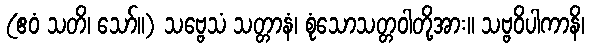
(ဧဝံ သတိ၊ သော်။) သဗ္ဗေသံ သတ္တာနံ၊ စုံသောသတ္တဝါတို့အား။ သဗ္ဗဝိပါကာနိ၊